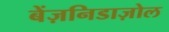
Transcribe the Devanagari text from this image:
बेंज़निडाज़ोल